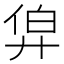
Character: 𢍑